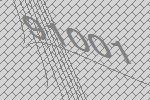
91001